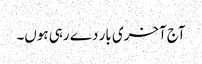
آج آخری بار دے رہی ہوں۔